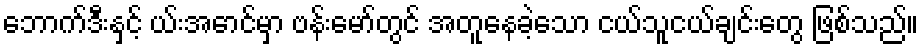
ဘောက်ဒီးနှင့် ယ်းအောင်မှာ ဗန်းမော်တွင် အတူနေခဲ့သော ငယ်သူငယ်ချင်းတွေ ဖြစ်သည်။